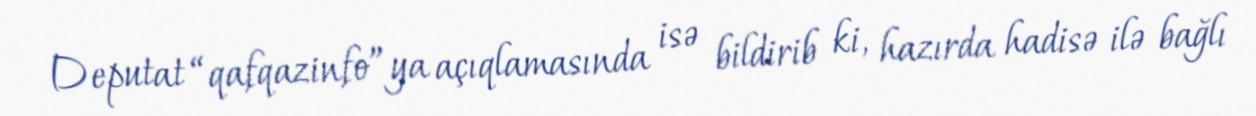
Deputat “qafqazinfo”ya açıqlamasında isə bildirib ki, hazırda hadisə ilə bağlı